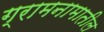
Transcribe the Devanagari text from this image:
ग्रामनामातील